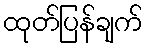
ထုတ်ပြန်ချက်